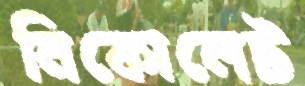
নিকোলেট